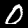
Digit: 0